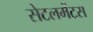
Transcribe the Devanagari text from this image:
सेटलमेंटस